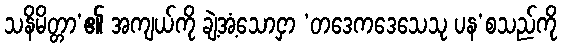
သနိမိတ္တာ’၏ အကျယ်ကို ချဲ့အံ့သောငှာ ‘တဒေကဒေသေသု ပန’စသည်ကို